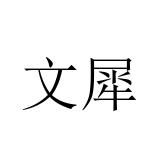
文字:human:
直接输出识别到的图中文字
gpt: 文犀